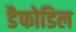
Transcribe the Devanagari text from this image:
डैफोडिल